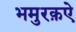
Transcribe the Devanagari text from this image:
भमुरक़ऐ